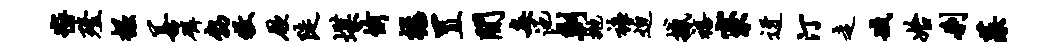
密殪掘善磷勃牧厥陡堞愉禄置间每池剿抛裤迫撼禧寮迓汀走臧始刹藻